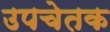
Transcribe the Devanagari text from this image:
उपचेतक